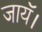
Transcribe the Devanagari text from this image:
जायॅ।